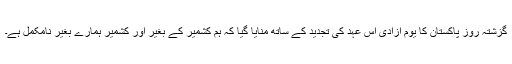
گزشتہ روز پاکستان کا یوم آزادی اس عہد کی تجدید کے ساتھ منایا گیا کہ ہم کشمیر کے بغیر اور کشمیر ہمارے بغیر نامکمل ہے۔